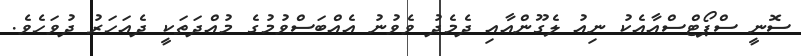
ސޮނީ ސްޕޯޓްސްއާއެކު ނިއު ލެގޫންއާއި ދެމެދު ވެވުނު އެއްބަސްވުމުގެ މުއްދަތަކީ ދެއަހަރު ދުވަހެވެ.